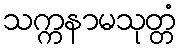
သက္ကနာမသုတ္တံ